Indian journal of veterinary science and animal husbandry - Volume 4,
Year: 1934
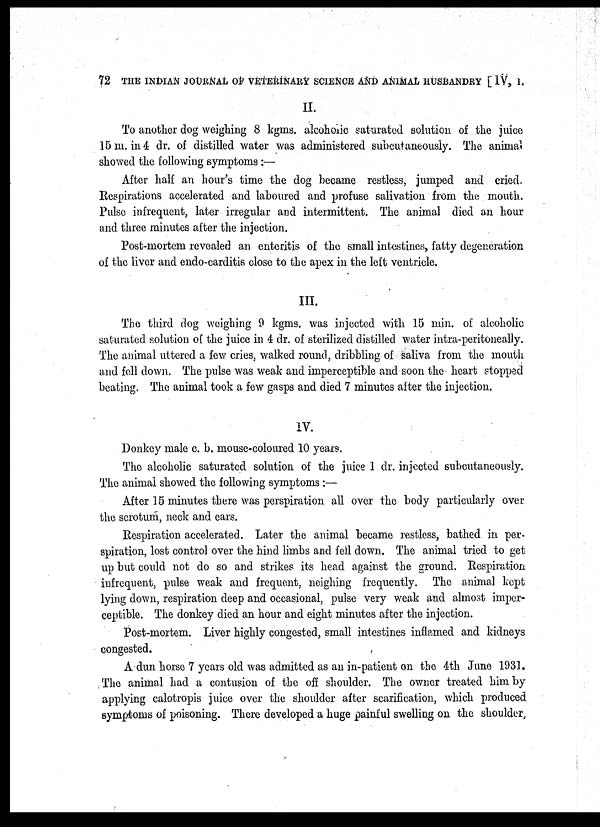
72 THE INDIAN JOURNAL OF VETERINARY SCIENCE AND ANIMAL HUSBANDRY [ IV, I.
II.
To another dog weighing 8 kgms. alcoholic saturated solution of the juice
15 m. in 4 dr. of distilled water was administered subcutaneously. The animal
showed the following symptoms :—
After half an hour's time the dog became restless, jumped and cried.
Respirations accelerated and laboured and profuse salivation from the mouth.
Pulse infrequent, later irregular and intermittent. The animal died an hour
and three minutes after the injection.
Post-mortem revealed an enteritis of the small intestines, fatty degeneration
of the liver and endo-carditis close to the apex in the left ventricle.
III.
The third dog weighing 9 kgms. was injected with 15 min. of alcoholic
saturated solution of the juice in 4 dr. of sterilized distilled water intra-peritoneally.
The animal uttered a few cries, walked round, dribbling of saliva from the mouth
and fell down. The pulse was weak and imperceptible and soon the heart stopped
beating. The animal took a few gasps and died 7 minutes after the injection.
IV.
Donkey male c. b. mouse-coloured 10 years.
The alcoholic saturated solution of the juice 1 dr. injected subcutaneously.
The animal showed the following symptoms:—
After 15 minutes there was perspiration all over the body particularly over
the scrotum, neck and ears.
Respiration accelerated. Later the animal became restless, bathed in per-
spiration, lost control over the hind limbs and fell down. The animal tried to get
up but could not do so and strikes its head against the ground. Respiration
infrequent, pulse weak and frequent, neighing frequently. The animal kept
lying down, respiration deep and occasional, pulse very weak and almost imper-
ceptible. The donkey died an hour and eight minutes after the injection.
Post-mortem. Liver highly congested, small intestines inflamed and kidneys
congested.
A dun horse 7 years old was admitted as an in-patient on the 4th June 1931.
The animal had a contusion of the off shoulder. The owner treated him by
applying calotropis juice over the shoulder after scarification, which produced
symptoms of poisoning. There developed a huge painful swelling on the shoulder,